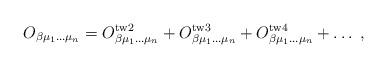
LaTeX: \begin{align*} O_{\beta\mu_1\ldots\mu_n}=O^{\mathrm{tw2}}_{\beta\mu_1\ldots\mu_n}+O^{\mathrm{tw3}}_{\beta\mu_1\ldots\mu_n}+O^{\mathrm{tw4}}_{\beta\mu_1\ldots\mu_n}+\ldots \;,\end{align*}